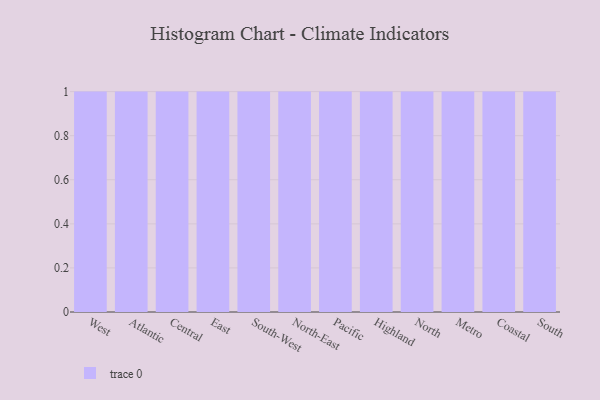
{"axis": {"x": "Region", "y": "Active Users"}, "legend": [""], "data": [{"x": "West", "y": 22, "type": ""}, {"x": "Atlantic", "y": 79, "type": ""}, {"x": "Central", "y": 100, "type": ""}, {"x": "East", "y": 99, "type": ""}, {"x": "South-West", "y": 93, "type": ""}, {"x": "North-East", "y": 66, "type": ""}, {"x": "Pacific", "y": 14, "type": ""}, {"x": "Highland", "y": 27, "type": ""}, {"x": "North", "y": 99, "type": ""}, {"x": "Metro", "y": 26, "type": ""}, {"x": "Coastal", "y": 88, "type": ""}, {"x": "South", "y": 62, "type": ""}]}